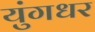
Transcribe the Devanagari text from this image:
युंगधर